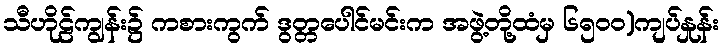
သီဟိုဠ်ကျွန်း၌ ကစားကွက် ဒွတ္တပေါင်မင်းက အဖွဲ့တို့ထံမှ ၆၅၀၀)ကျပ်နှုန်း